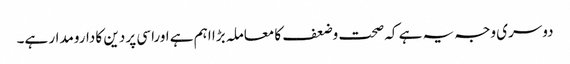
دوسری وجہ یہ ہے کہ صحت وضعف کا معاملہ بڑا اہم ہے اوراسی پر دین کا دارومدار ہے۔